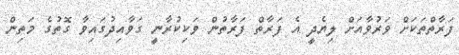
ފަރާތްތަކަށް ވަރުވާއަށް ލިޔެދީ އެ ފަރާތް ފަރާތުން ވަކިކުރާނީ ގަވާއިދުގައިވާ ގޮތުގެ މަތިން